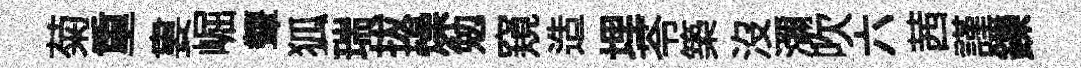
菊重婁崛顰狐瑞拔燥勉窺造埋苓築沒瀰吹六茜謹鑠